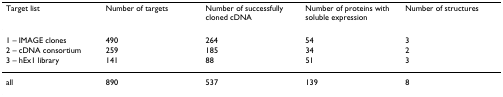
| Target list | Number of targets | Number of successfully cloned cDNA | Number of proteins with soluble expression | Number of structures |
 | --- | --- | --- | --- | --- |
 | 1 – IMAGE clones | 490 | 264 | 54 | 3 |
 | 2 – cDNA consortium | 259 | 185 | 34 | 2 |
 | 3 – hEx1 library | 141 | 88 | 51 | 3 |
 | all | 890 | 537 | 139 | 8 |